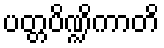
ပတ္တပိဏ္ဍိကာတိ